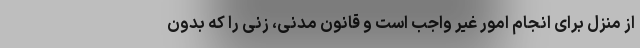
از منزل برای انجام امور غیر واجب است و قانون مدنی، زنی را که بدون